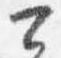
公